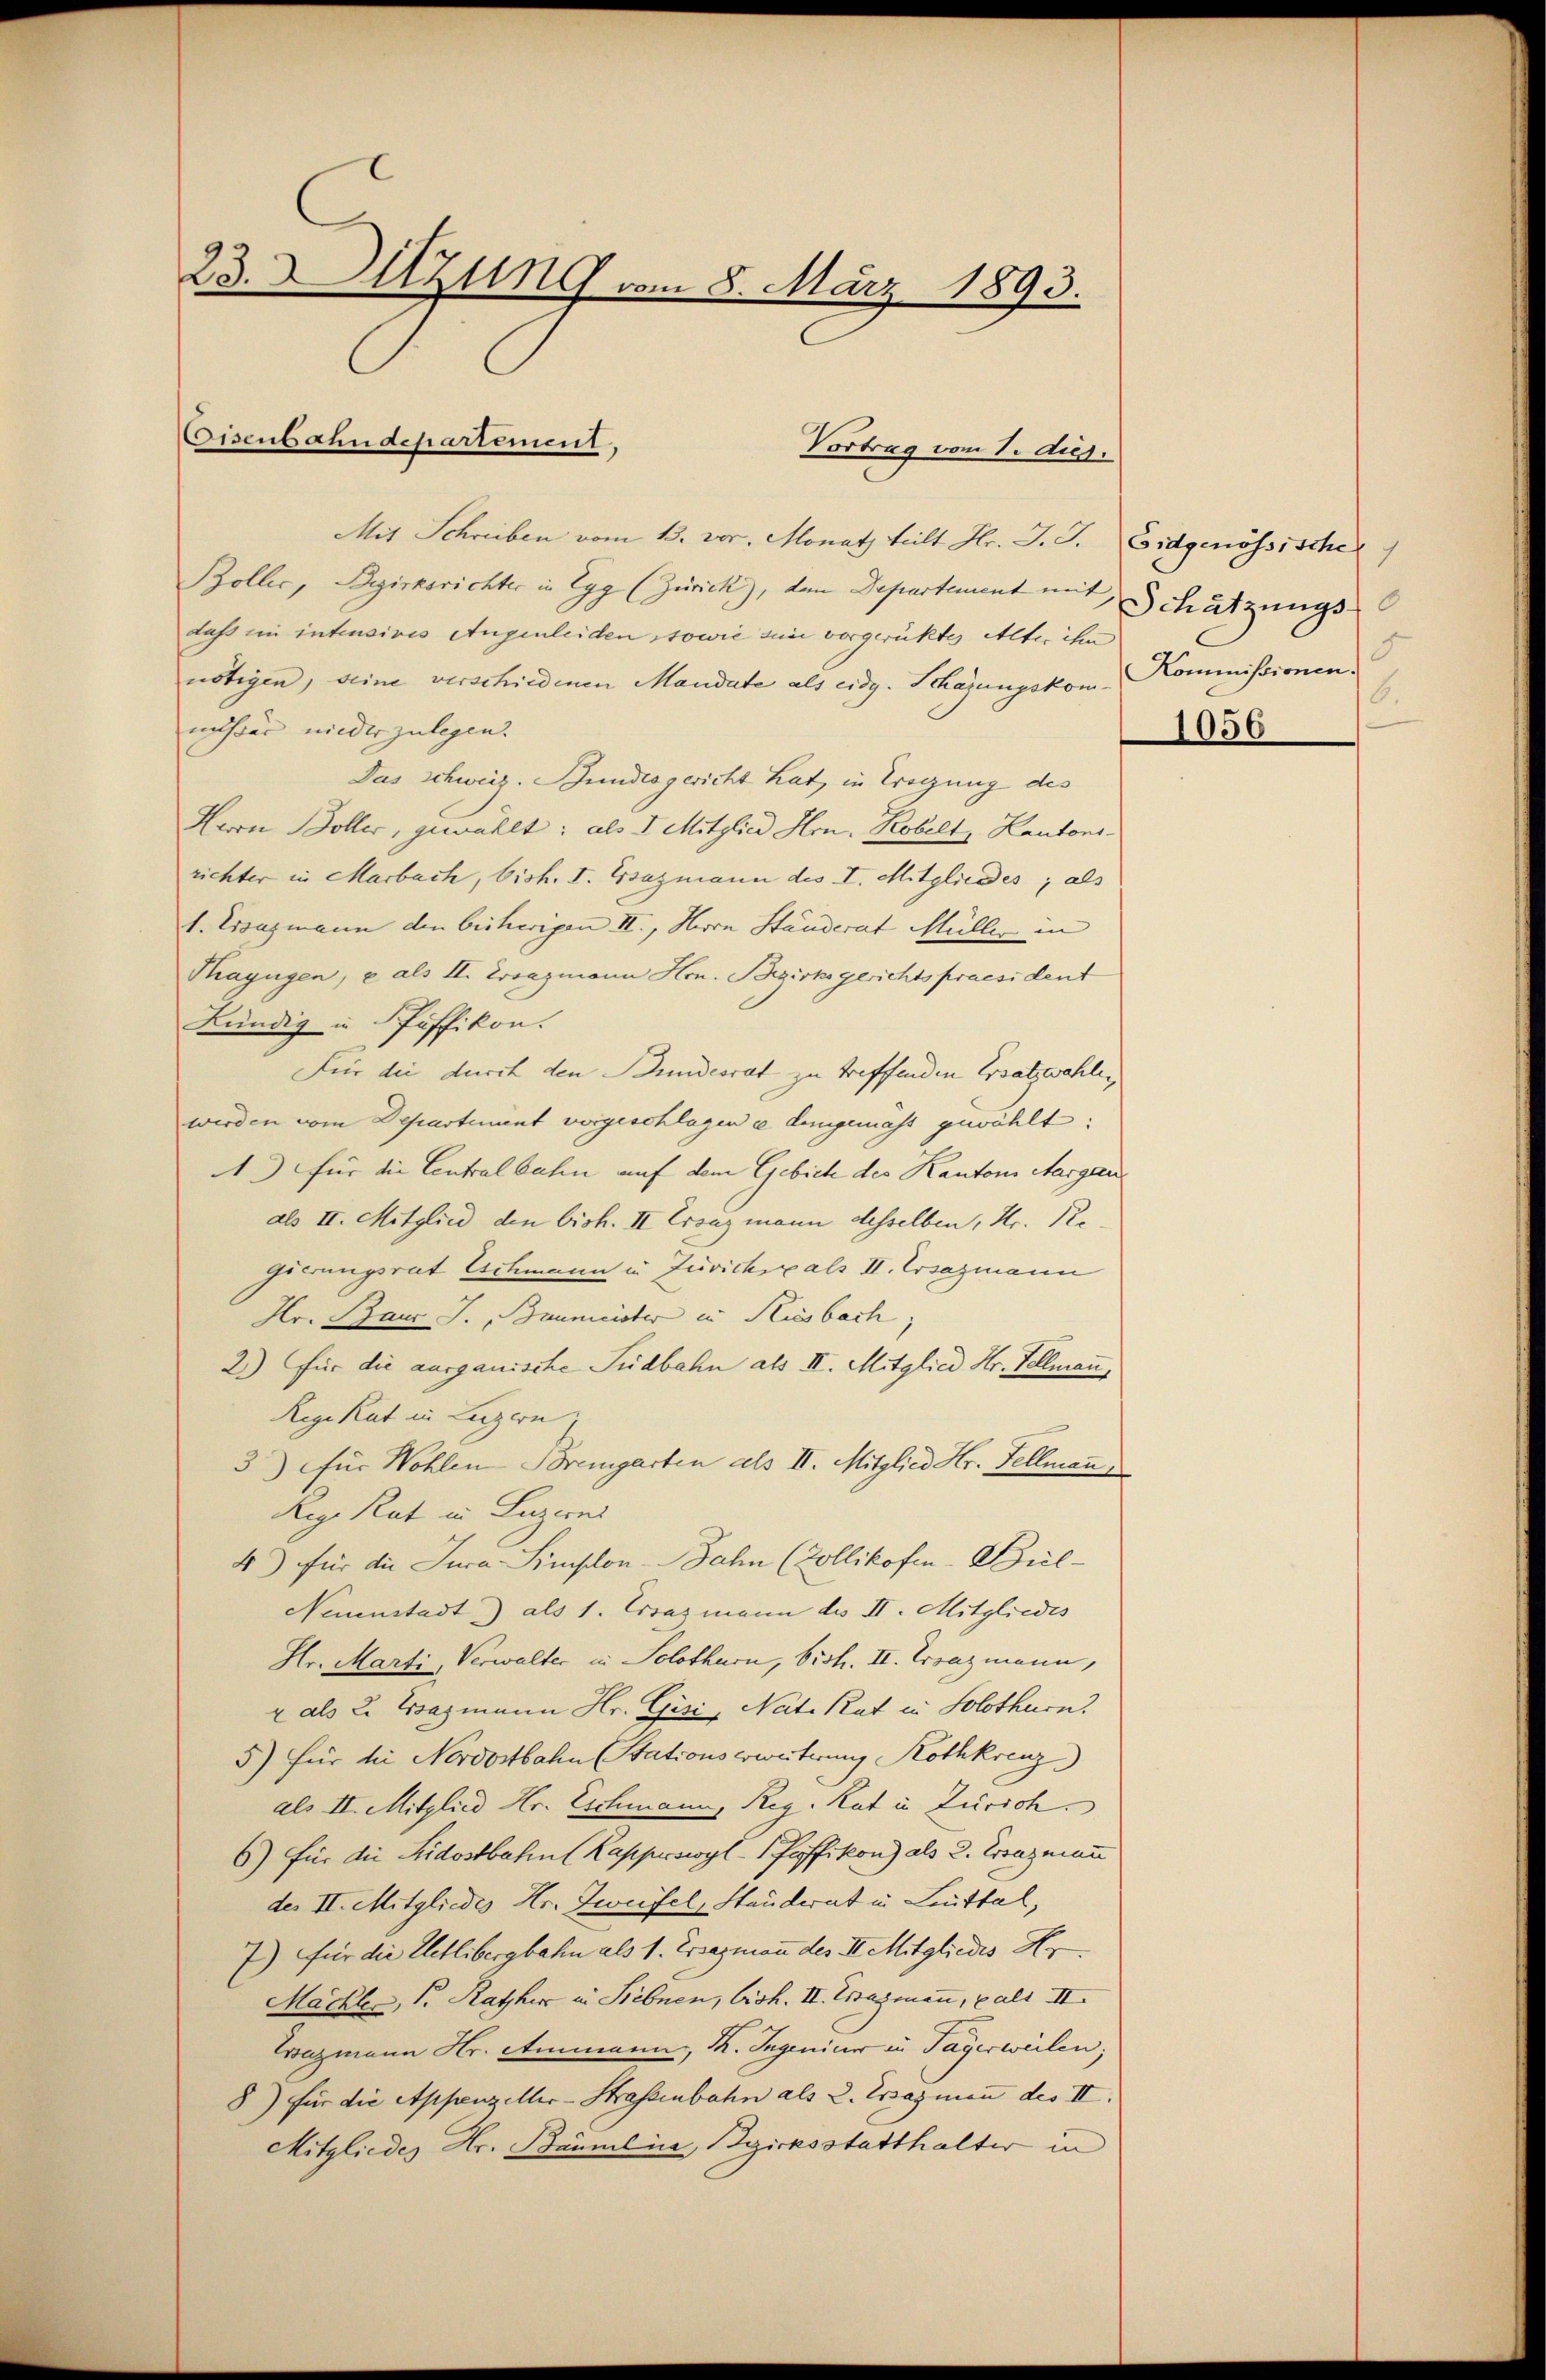
23. Sitzung vom 8. März 1893.

Eisenbahndepartement,

Mit Schreiben vom 13. vor. Monat teilt Hr. J. J. Eidgenössischer
Bollic, Bezirksrichter in Egg (Zürick, den Departement mit
dass im intensives Augenleiden sowie ein vorgerüktes Alter ihn
nötigen, seine verschiedenen Mandate als eidg. Schazungskomnäher niederzulegen.
Das Schweiz. Bundesgericht hat, in Tragung des
Herrn Boller, gewählt: als I. Mitglied Hrn. Kobelt, Kantons-
richter in Marbach, bish. I. Bsazmann des I. Mitgliedes; als
1. Ersazmann den bisherigen II., Herrn Ständerat Müller in
Thayngen, u. als II. Ersazmann Hrn. Bezirksgerichts praesident
Kündig in Pfäffikon.
Für die durch den Bundesrat zu treffenden Ersatzwahlen,
werden vom Departement vorgeschlagen a demgemäss gewählt:
1.) für die Centralbahn auf dem Gebiete des Kantons Aargau
als II. Mitglied den bish. II Ersuzmann desselben, Hr. R.
gierungsrat Eschmann u Juvichials II. Ersazmann
Hr. Baur J. Baumeister in Riesbach,
2.) Für die ausganische Südbahn als II. Mitglied Hr. Tellmann,
Reg. Rat in Luzern,
3) für Wohlen Bremgarten als II. Mitglied Hr. Fellmann
Reg. Rat in Luzerns
4) für die Jura-Simplon-Bahn (Zollikofen-Bül-
Nennstadt) als 1. Crazmann des II. Mitgliedes
Hr. Marti, Verwalter in Solothurn, bist. II. Trenzmann,
2 als 2. Bazmann Hr. Gisi, Nate Rat in Solothurn.
5) für bei Nordostbahn (Stationserweiterung Rothkreuz
als II. Mitglied Hr. Eschmann, Reg. Rat in Zürich.
6) für die Fridostbahn (Kapperswyl-Pfaffikon) als 2. Ersazmann
des II. Mitgliedes Hr. Zweifel, Stauderat in Leuttal,
7) für die Uetlibergbahn als 1. Ersezmann des II. Mitgliedes Hr.
Mächte, S. Rathe in Siebnen, bish. II. Tragmann, palt II.
Trazmann Hr. Ammann, K. Ingenier in Tagerweilen;
8) für die Appenzeller-Strassenbahn als 2. Essazmann des III
Mitgliedes Hr. Bäumlica, Bezirksstatthalter in

Vortrag vom 1. Aug.

Schätzungs-
5
Kommissionen.
6.
1056